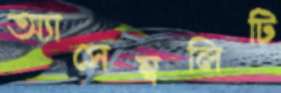
অ্যাসেম্বলিটি